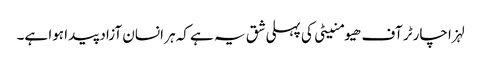
لہزا چارٹر آف ھیومنیٹی کی پہلی شق یہ ہے کہ ہر انسان آزاد پیدا ہوا ہے۔